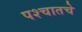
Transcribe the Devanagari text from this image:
पश्चातचे